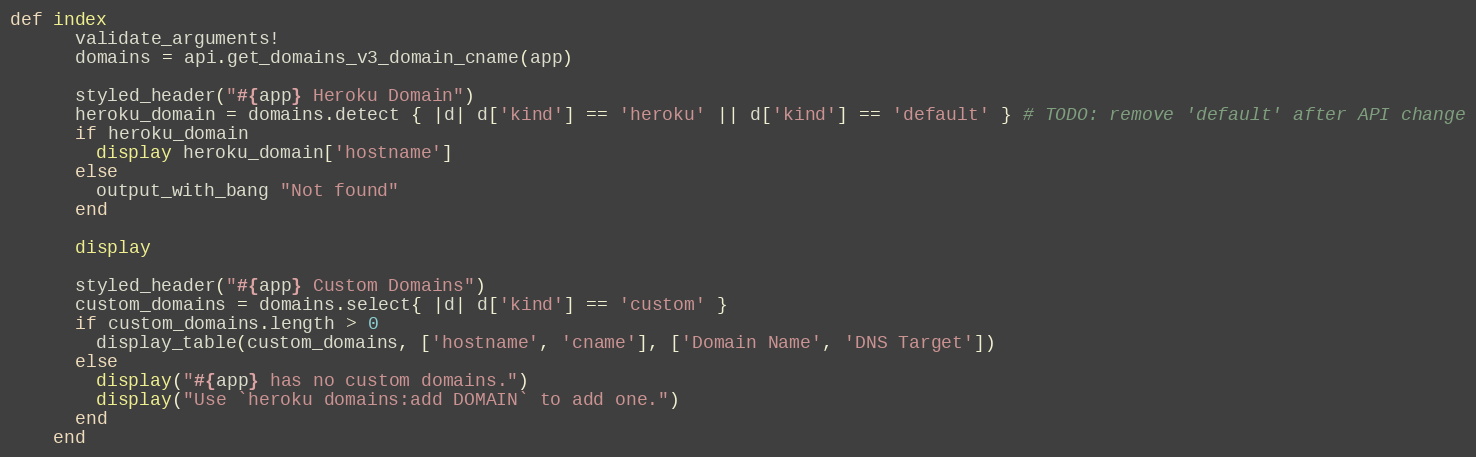
Language: Ruby
def index
      validate_arguments!
      domains = api.get_domains_v3_domain_cname(app)

      styled_header("#{app} Heroku Domain")
      heroku_domain = domains.detect { |d| d['kind'] == 'heroku' || d['kind'] == 'default' } # TODO: remove 'default' after API change
      if heroku_domain
        display heroku_domain['hostname']
      else
        output_with_bang "Not found"
      end

      display

      styled_header("#{app} Custom Domains")
      custom_domains = domains.select{ |d| d['kind'] == 'custom' }
      if custom_domains.length > 0
        display_table(custom_domains, ['hostname', 'cname'], ['Domain Name', 'DNS Target'])
      else
        display("#{app} has no custom domains.")
        display("Use `heroku domains:add DOMAIN` to add one.")
      end
    end